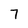
Character: 7